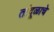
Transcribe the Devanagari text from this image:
तांदूळाचे